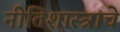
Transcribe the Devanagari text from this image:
नीतिशास्त्राचे